Eesti_Vabariigi_Tartu_Ulikool, lk 273
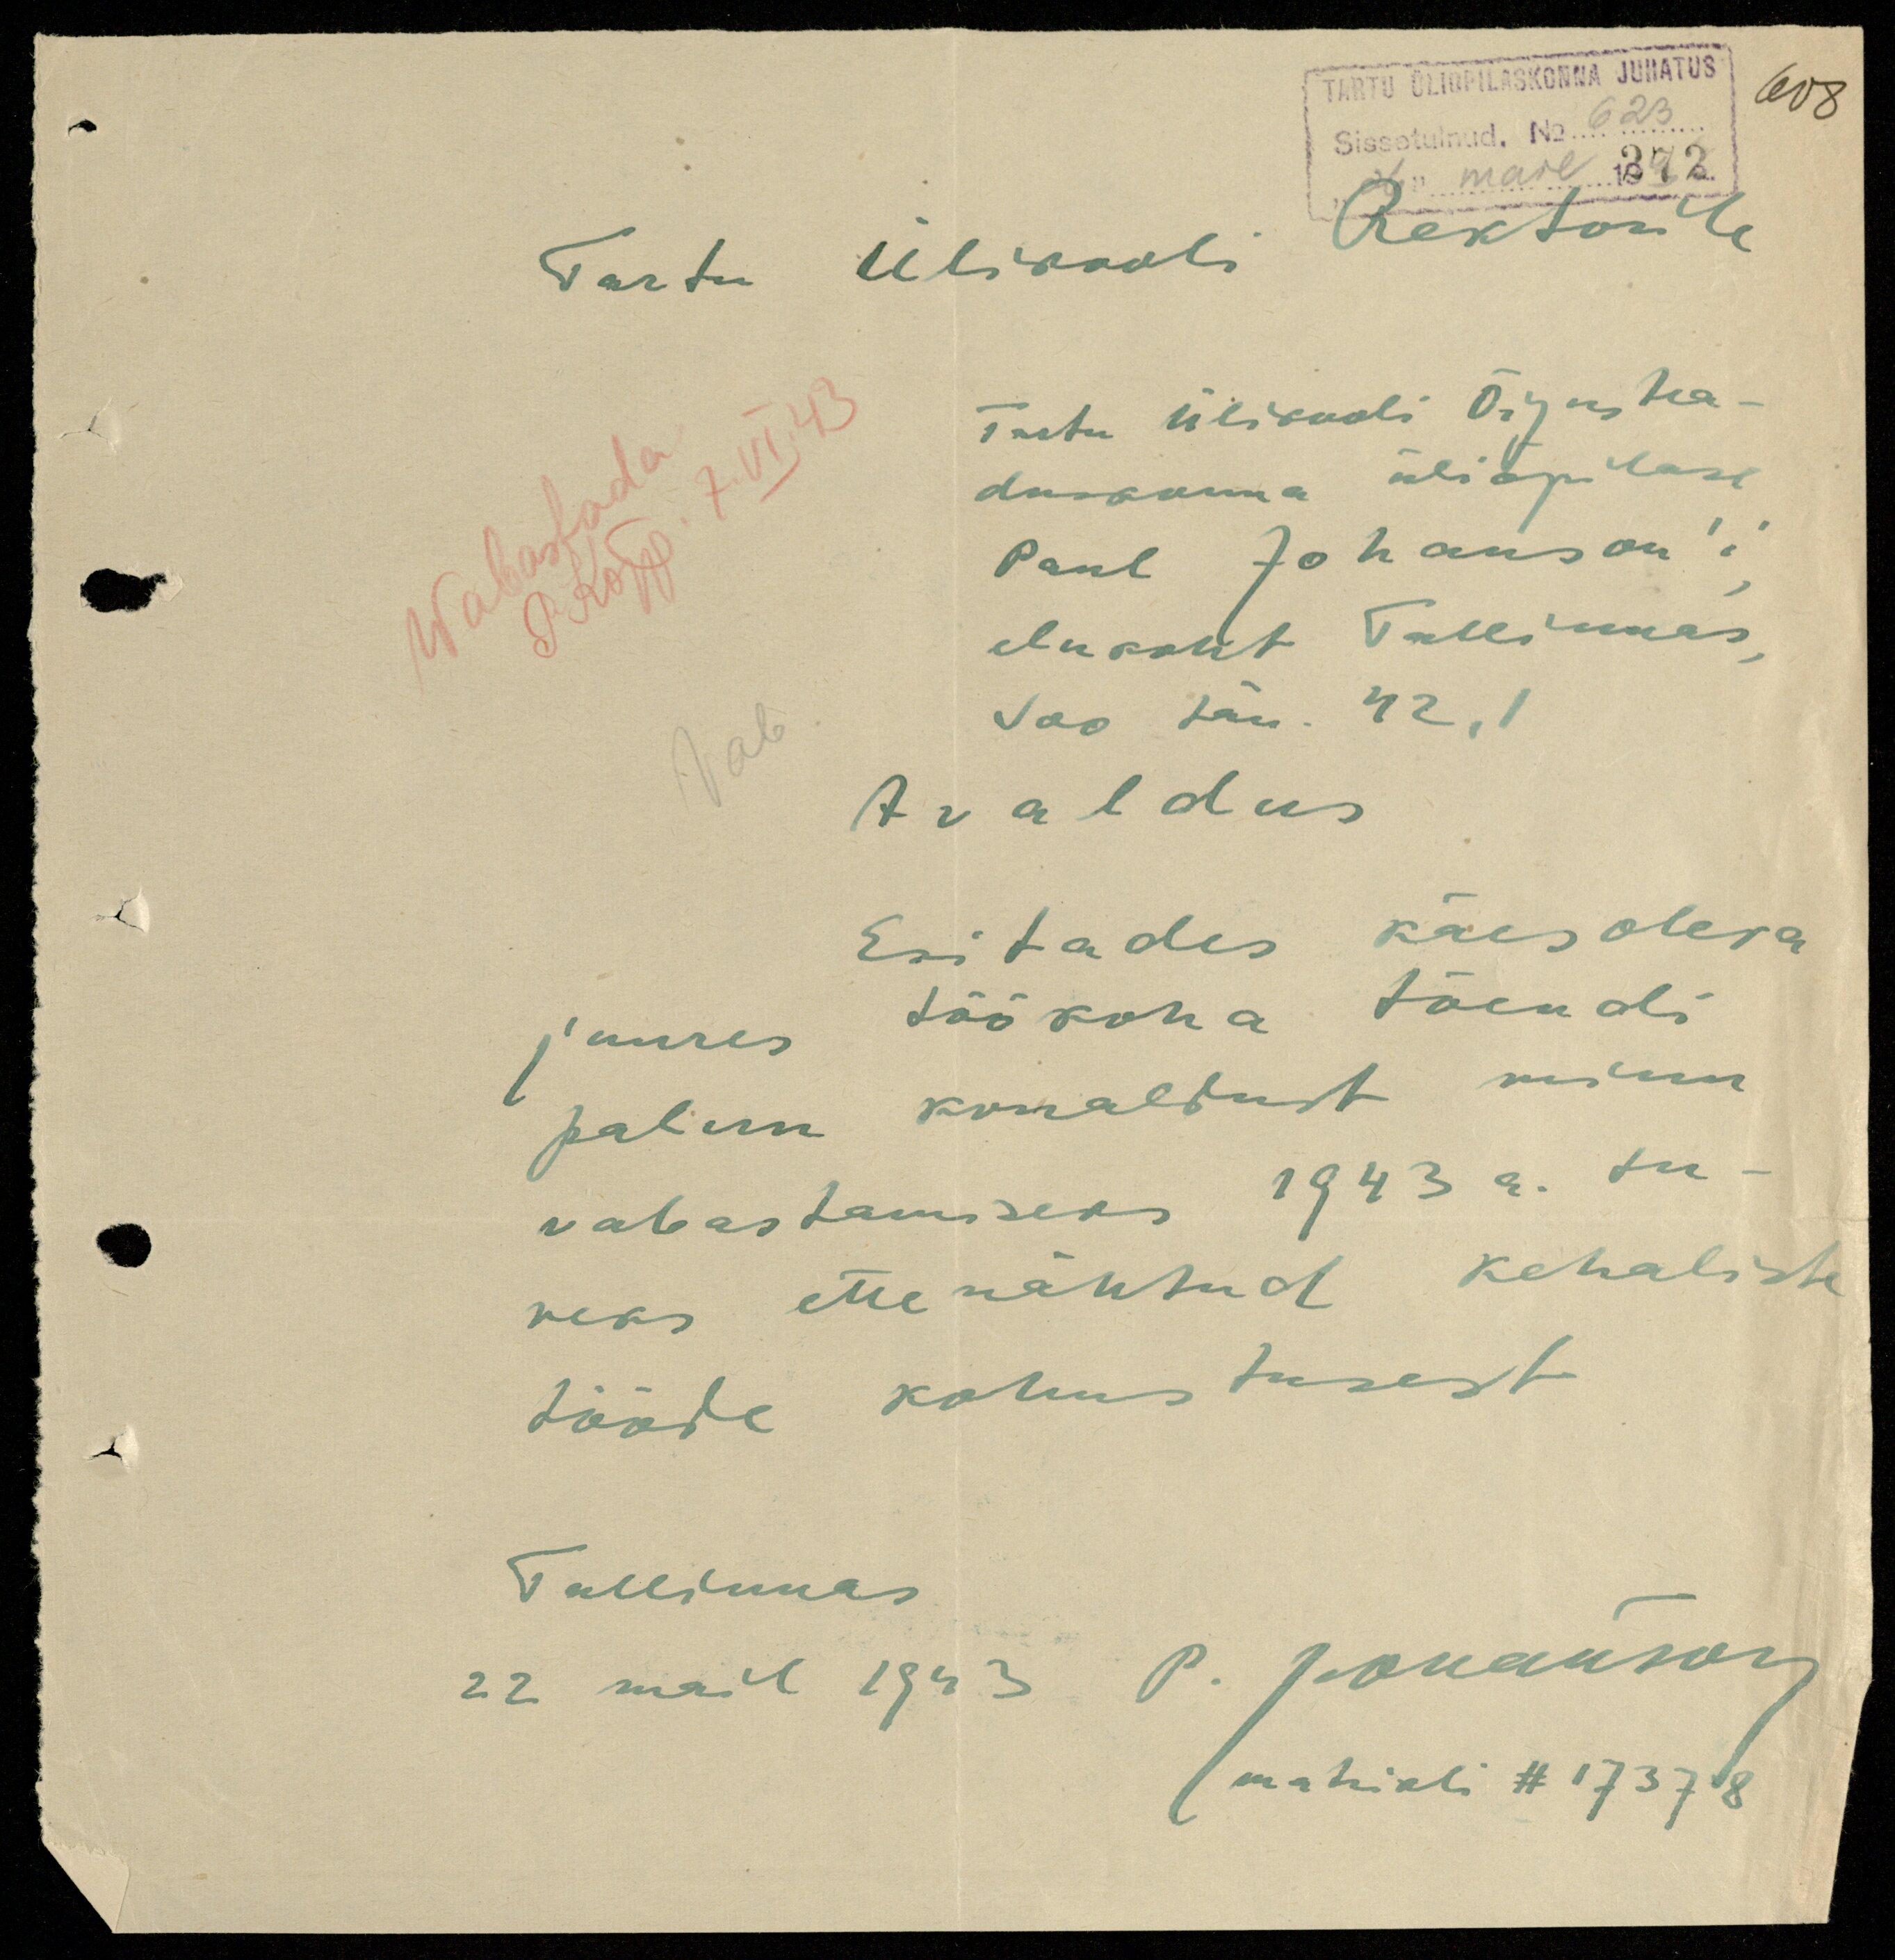
608
TARTU ÜLIÕPILASKONNA JUHATUS
Sissetulnud. No 623
26" mail 1892.
Tartu Ülikooli Rektorile
Wabastada
P. Kõpp 7. VI. 43
Tartu Ülikooli Õigustea-
duskonna üliõpilase
Paul Johanson'i
elukoht Tallinnas,
Soo tän. 42,1
Vab
Avaldus
Esitades käesoleva
juures töökoha tõendi
palun korraldust minu
vabastamiseks 1943 a. su-
veks ettenähtud kehaliste
tööde kohustusest
Tallinnas
22 mail 1943 P. Johanson
matrikli # 17378